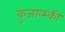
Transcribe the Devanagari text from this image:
कुजाव्स्की